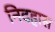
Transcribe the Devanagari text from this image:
निदहास